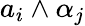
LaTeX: a_{i}\wedge\alpha_{j}